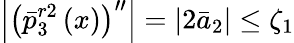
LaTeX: \left|{{\left(\bar{p}_{3}^{r2}\left(x\right)\right)}^{\prime\prime}}\right|=\left|2{{{\bar{a}}}_{2}}\right|\le{{\zeta}_{1}}